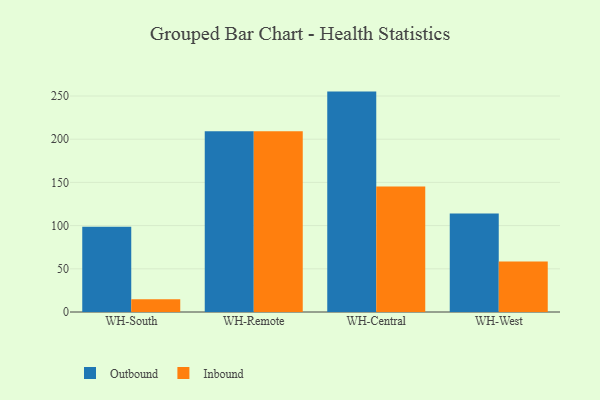
{"axis": {"x": "Warehouse", "y": "Market Share (%)"}, "legend": ["Inbound", "Outbound"], "data": [{"x": "WH-South", "y": 98.8, "type": "Outbound"}, {"x": "WH-South", "y": 14.8, "type": "Inbound"}, {"x": "WH-Remote", "y": 209.3, "type": "Outbound"}, {"x": "WH-Remote", "y": 209.3, "type": "Inbound"}, {"x": "WH-Central", "y": 255.1, "type": "Outbound"}, {"x": "WH-Central", "y": 145.2, "type": "Inbound"}, {"x": "WH-West", "y": 114.1, "type": "Outbound"}, {"x": "WH-West", "y": 58.5, "type": "Inbound"}]}